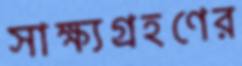
সাক্ষ্যগ্রহণের